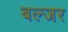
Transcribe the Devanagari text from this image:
बल्जर